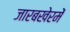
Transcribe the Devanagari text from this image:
जारबखेरमें